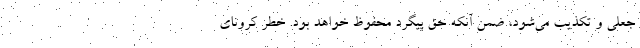
جعلی و تکذیب می‌شود، ضمن آنکه حق پیگرد محفوظ خواهد بود. خطر کرونای